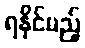
ရနိုင်မည့်